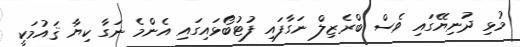
މުޅި ދުނިޔޭގައި ވެސް ބްރެޒިލް ނަގާފައި ފުޓުބޯޅައިގައި އެންމެ ނަގާ ކިޔާ ޤައުމަކީ